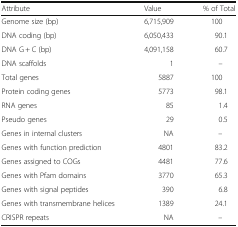
<table><thead><tr><td><b>Attribute</b></td><td><b>Value</b></td><td><b>% of Total</b></td></tr></thead><tbody><tr><td>Genome size (bp)</td><td>6,715,909</td><td>100</td></tr><tr><td>DNA coding (bp)</td><td>6,050,433</td><td>90.1</td></tr><tr><td>DNA G + C (bp)</td><td>4,091,158</td><td>60.7</td></tr><tr><td>DNA scaffolds</td><td>1</td><td>–</td></tr><tr><td>Total genes</td><td>5887</td><td>100</td></tr><tr><td>Protein coding genes</td><td>5773</td><td>98.1</td></tr><tr><td>RNA genes</td><td>85</td><td>1.4</td></tr><tr><td>Pseudo genes</td><td>29</td><td>0.5</td></tr><tr><td>Genes in internal clusters</td><td>NA</td><td>–</td></tr><tr><td>Genes with function prediction</td><td>4801</td><td>83.2</td></tr><tr><td>Genes assigned to COGs</td><td>4481</td><td>77.6</td></tr><tr><td>Genes with Pfam domains</td><td>3770</td><td>65.3</td></tr><tr><td>Genes with signal peptides</td><td>390</td><td>6.8</td></tr><tr><td>Genes with transmembrane helices</td><td>1389</td><td>24.1</td></tr><tr><td>CRISPR repeats</td><td>NA</td><td>–</td></tr></tbody></table>